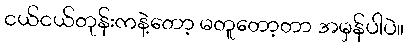
ငယ်ငယ်တုန်းကနဲ့တော့ မတူတော့တာ အမှန်ပါပဲ။